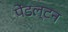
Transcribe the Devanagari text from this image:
पेंडल्टन